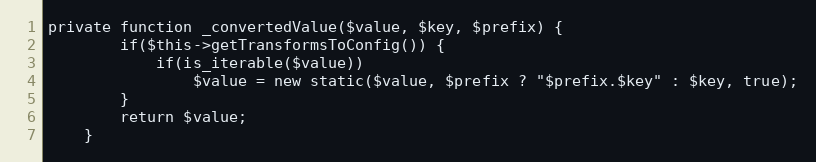
Language: PHP
private function _convertedValue($value, $key, $prefix) {
        if($this->getTransformsToConfig()) {
            if(is_iterable($value))
                $value = new static($value, $prefix ? "$prefix.$key" : $key, true);
        }
        return $value;
    }